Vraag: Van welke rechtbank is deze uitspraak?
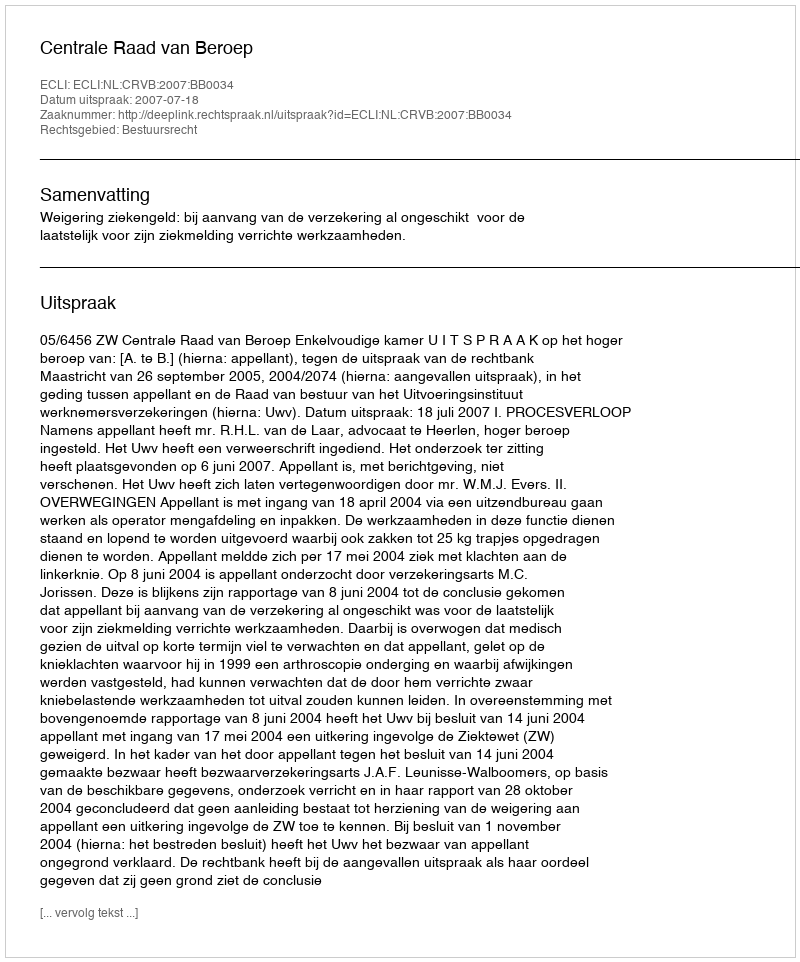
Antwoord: Centrale Raad van Beroep